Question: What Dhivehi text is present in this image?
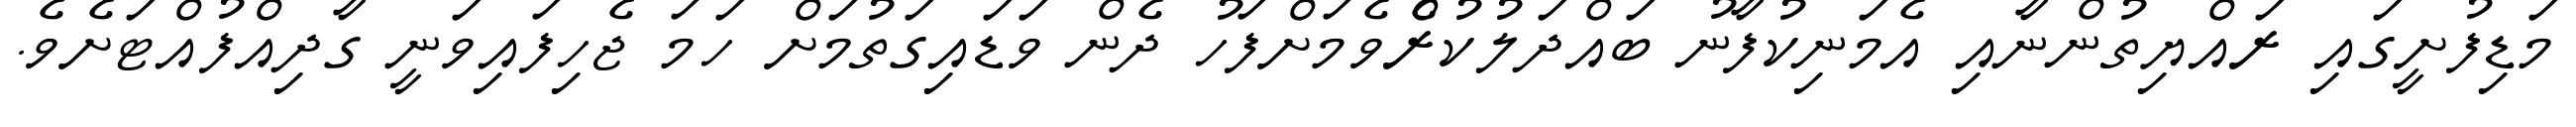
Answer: މަޑިފުށީގައި ރައްޔިތުންނާއި އެމަނިކުފާނު ބައްދަލުކުރެްވެމަށްފަހު ދެން ވަޑައިގަތުމަށް ހަމަ ޖެހިފައިވަނީ ގާދިއްފުއްޓަށެވެ.